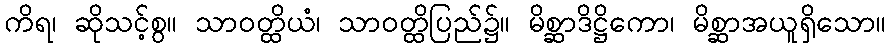
ကိရ၊ ဆိုသင့်စွ။ သာဝတ္ထိယံ၊ သာဝတ္ထိပြည်၌။ မိစ္ဆာဒိဋ္ဌိကော၊ မိစ္ဆာအယူရှိသော။